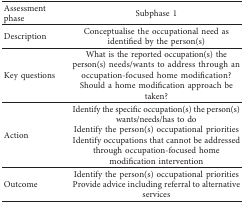
| Assessment phase | Subphase 1 |
 | --- | --- |
 | Description | Conceptualise the occupational need as identified by the person(s) |
 | <ROWSPAN=2> Key questions | What is the reported occupation(s) the person(s) needs/wants to address through an occupation-focused home modification? |
 | Should a home modification approach be taken? |
 | <ROWSPAN=3> Action | Identify the specific occupation(s) the person(s) wants/needs/has to do |
 | Identify the person(s) occupational priorities |
 | Identify occupations that cannot be addressed through occupation-focused home modification intervention |
 | <ROWSPAN=2> Outcome | Identify the person(s) occupational priorities |
 | Provide advice including referral to alternative services |